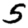
Digit: 5